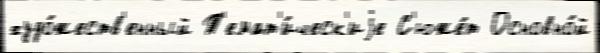
худо́жеств'енный Т'емат'и́ческ'иjе С'юже́т Основно́й